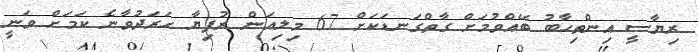
ރިޔާސީ އިންތިހާބު ބޭއްވުމަށް ގާތްގަނޑަކަށް 67 މިލިއަން ރުފިޔާ ހަރަދުވާނެ ކަމަށް ވަނީ